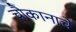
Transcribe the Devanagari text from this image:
चौकानाचे